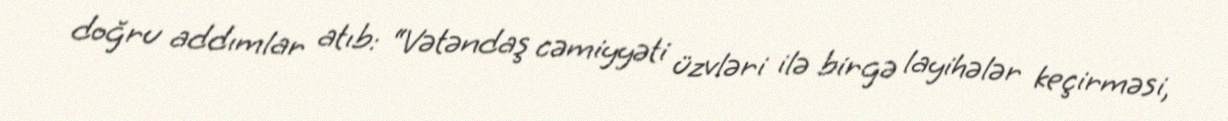
doğru addımlar atıb: “Vətəndaş cəmiyyəti üzvləri ilə birgə layihələr keçirməsi,